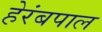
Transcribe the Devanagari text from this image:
हेरंबपाल